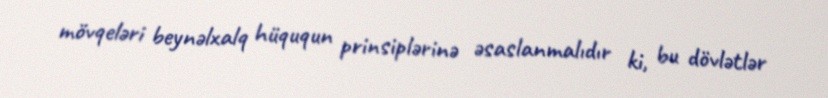
mövqeləri beynəlxalq hüququn prinsiplərinə əsaslanmalıdır ki, bu dövlətlər